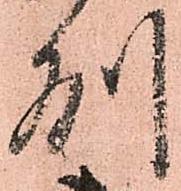
州